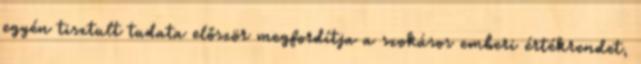
egyén tisztult tudata először megfordítja a szokásos emberi értékrendet,